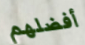
أفضلهم